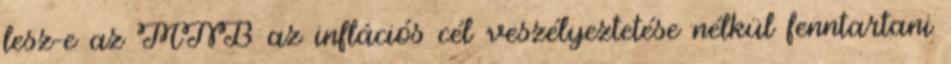
lesz-e az MNB az inflációs cél veszélyeztetése nélkül fenntartani